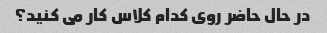
در حال حاضر روی کدام کلاس کار می کنید؟